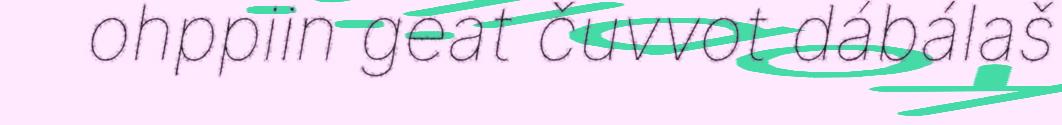
ohppiin geat čuvvot dábálaš